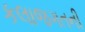
કલાજગતની